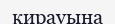
қирауына